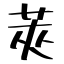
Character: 莢